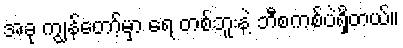
အခု ကျွန်တော့်မှာ ရေ တစ်ဘူးနဲ့ ဘီစကစ်ပဲရှိတယ်။